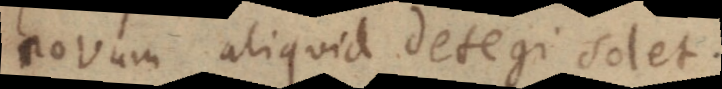
novum aliquid detegi solet.